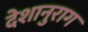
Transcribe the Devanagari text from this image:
देशानुराग